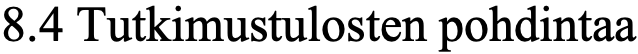
8.4 Tutkimustulosten pohdintaa